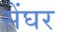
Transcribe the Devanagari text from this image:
सेंघर